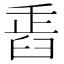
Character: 𦥲